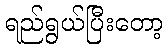
ရည်ရွယ်ပြီးတော့